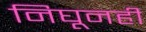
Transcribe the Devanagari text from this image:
निघूनही